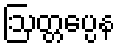
ဩတ္တပ္ပေန